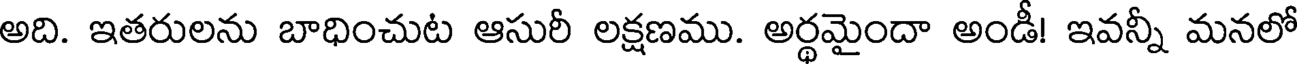
అది. ఇతరులను బాధించుట ఆసురీ లక్షణము. అర్థమైందా అండీ! ఇవన్నీ మనలో